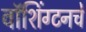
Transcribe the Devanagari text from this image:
वॉशिंग्टनचे